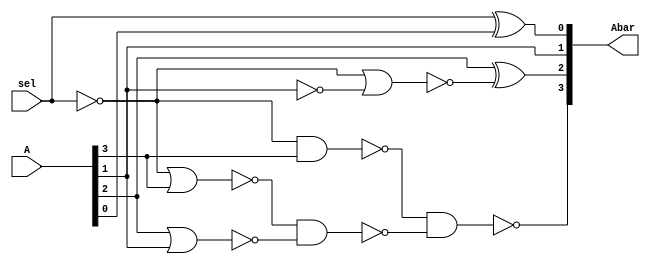
module ninesComplement(Abar,A,sel);
    input sel; input [3:0]A;
    output [3:0]Abar;

    wire w1,w2,w3,w5,w6,w8,w9;

    not G1(w1,sel),G5(w5,A[1]);
    nor G2(w2,w1,A[3]),G6(w6,w1,w5),G8(w8,A[2],A[1]);
    nand G3(w3,w1,A[3]),G4(Abar[3],w3,w9),G9(w9,w2,w8);
    xor G7(Abar[2],A[2],w6),G10(Abar[0],sel,A[0]);
    buf G11(Abar[1],A[1]);


endmodule